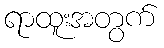
ရာထူးအတွက်